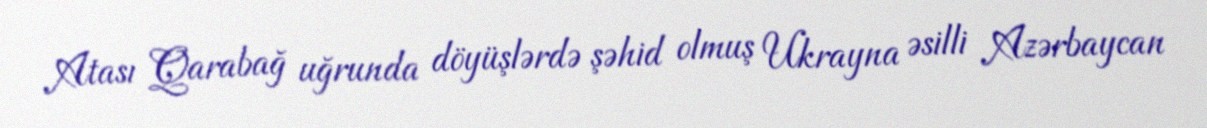
Atası Qarabağ uğrunda döyüşlərdə şəhid olmuş Ukrayna əsilli Azərbaycan